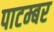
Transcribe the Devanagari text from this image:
पाटम्बर